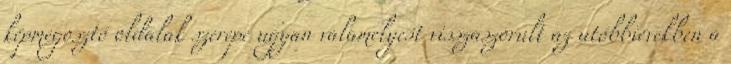
képmegosztó oldalak szerepe ugyan valamelyest visszaszorult az utóbbiévekben a